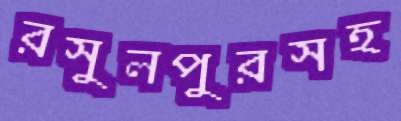
রসুলপুরসহ